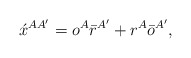
\begin{align*}\acute{x}^{AA'}= o^A\bar{r}^{A'}+r^A\bar{o}^{A'},\end{align*}